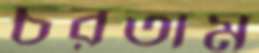
চরতাম